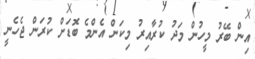
އިން ބޭރު މީހުން މަދު ކުރާއިރު މިކަން އެންމެ ބޮޑަށް ކުރަން ޖެހެނީ